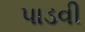
પાડવી